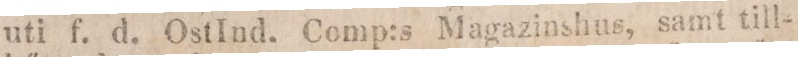
uti f. d. OstInd. Comp:s Magazinshus, samt till-